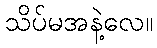
သိပ်မအနဲ့လေ။